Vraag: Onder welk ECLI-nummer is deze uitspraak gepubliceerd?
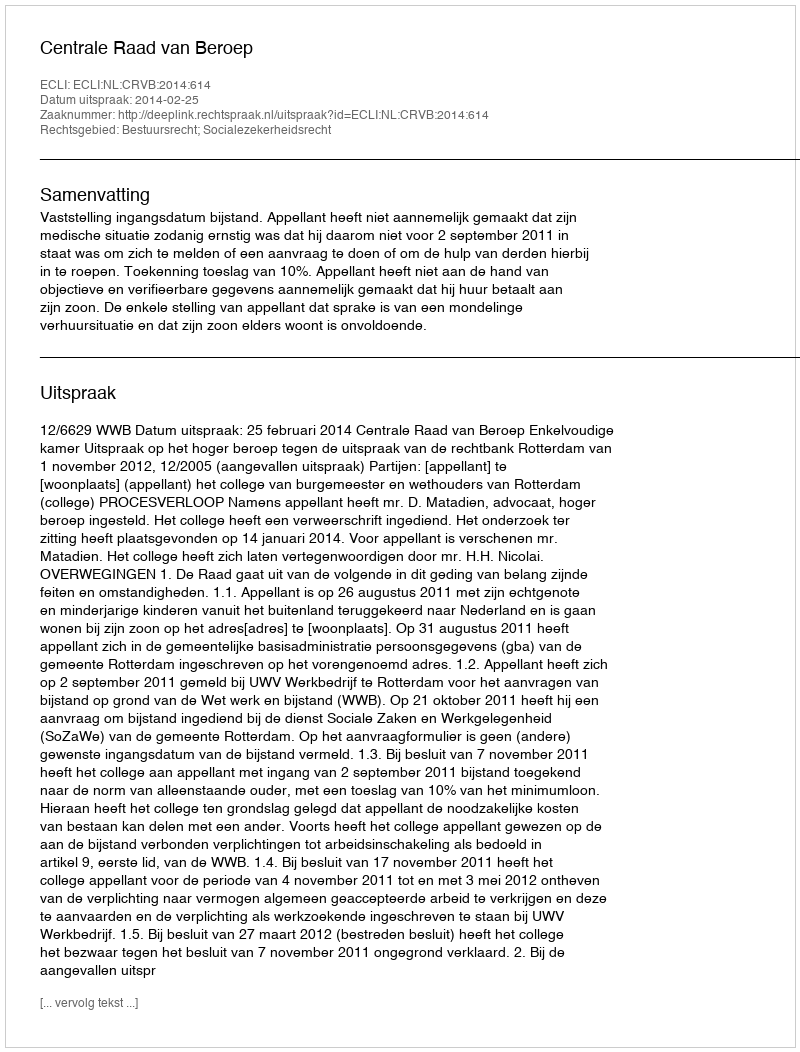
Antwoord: ECLI:NL:CRVB:2014:614